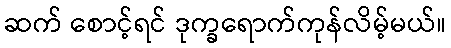
ဆက် စောင့်ရင် ဒုက္ခရောက်ကုန်လိမ့်မယ်။